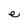
Character: e